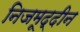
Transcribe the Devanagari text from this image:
निजमूद्दीन